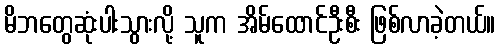
မိဘတွေဆုံးပါးသွားလို့ သူက အိမ်ထောင်ဦးစီး ဖြစ်လာခဲ့တယ်။